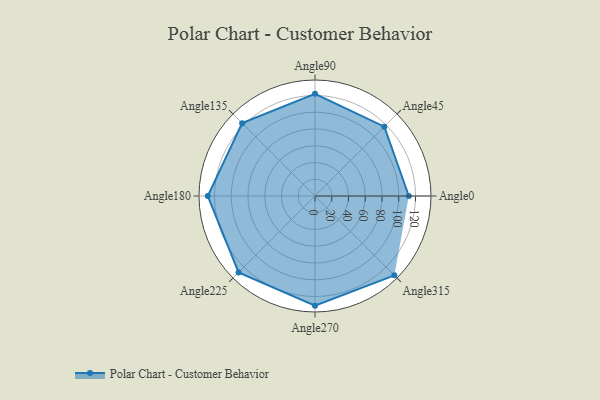
{"axis": {"x": "Angle", "y": "Radius"}, "legend": [""], "data": [{"x": "Angle0", "y": 112.0, "type": ""}, {"x": "Angle45", "y": 117.0, "type": ""}, {"x": "Angle90", "y": 122.0, "type": ""}, {"x": "Angle135", "y": 123.0, "type": ""}, {"x": "Angle180", "y": 128.0, "type": ""}, {"x": "Angle225", "y": 129.0, "type": ""}, {"x": "Angle270", "y": 131.0, "type": ""}, {"x": "Angle315", "y": 134.0, "type": ""}]}